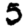
Digit: 5